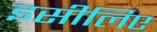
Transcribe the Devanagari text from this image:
इसीलिए